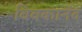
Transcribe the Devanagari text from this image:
विवकानंद